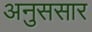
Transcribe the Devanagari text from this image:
अनुससार